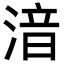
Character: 湆